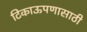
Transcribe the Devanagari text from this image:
टिकाऊपणासाठी